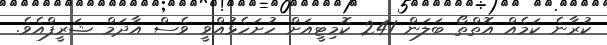
ކުރާނެ ކަމެއް އޮތްތޯ ބަލަން 241 ކޮމިޓީއަށް ހުށަހެޅުއްވީ ވެސް އާދަމް ޝަރީފްއެވެ.